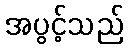
အပွင့်သည်